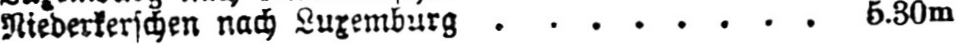
Riederkerschen nach Luxemburg ........ 5.30m